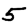
Digit: 5